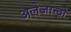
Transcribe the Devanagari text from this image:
अलेजान्द्रो